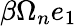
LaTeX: \beta\Omega_{n}e_{1}